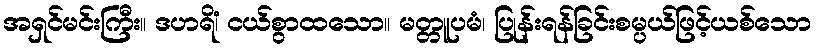
အရှင်မင်းကြီး။ ဒဟရိံ၊ ငယ်စွာထသော။ မတ္တူပမံ၊ ပြုန်းရန်ခြင်းစမ္ပယ်ဖြင့်ယစ်သော